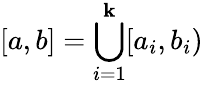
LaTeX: [a,b]=\bigcup_{i=1}^{\mathbf{k}}[a_{i},b_{i})